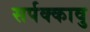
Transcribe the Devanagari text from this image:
सर्पक्कावु